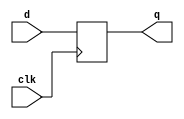
//________________________________________________
//____DFF Module without parameters_______________
//________________________________________________
module dff_4(d, clk, q);
input [3:0] d; input clk;	//Port declaration
output reg [3:0] q;
always @(posedge clk)	//Synchronous Reset
q<=d;
endmodule 

module dff_2(d, clk, q);
input [1:0] d; input clk;	//Port declaration
output reg [1:0] q;
always @(posedge clk)	//Synchronous Reset
q<=d;
endmodule